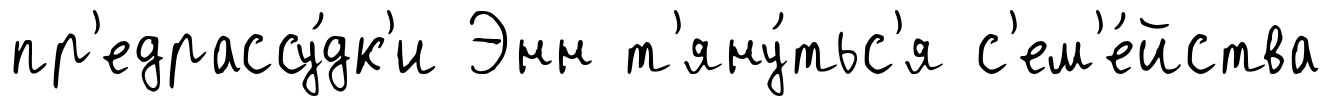
пр'едрассу́дк'и Энн т'яну́тьс'я с'ем'е́йства